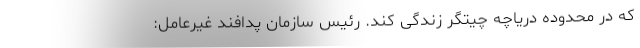
که در محدوده دریاچه چیتگر زندگی کند. رئیس سازمان پدافند غیرعامل: